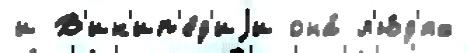
и В'ик'ип'е́д'иjи она́ л'ю́д'ях